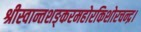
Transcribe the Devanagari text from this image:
श्रीस्वान्तशङ्करमहोरकिशोरचन्द्र।